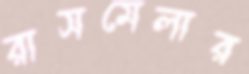
রাসমেলার